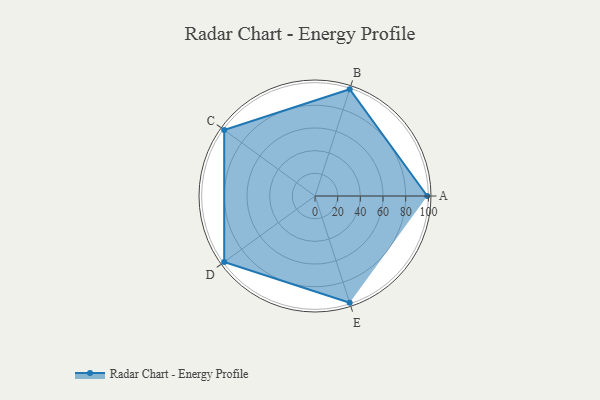
{"axis": {"x": "Skill", "y": "Score"}, "legend": ["Profile"], "data": [{"x": "A", "y": 99, "type": "Profile"}, {"x": "B", "y": 99, "type": "Profile"}, {"x": "C", "y": 99, "type": "Profile"}, {"x": "D", "y": 99, "type": "Profile"}, {"x": "E", "y": 99, "type": "Profile"}]}